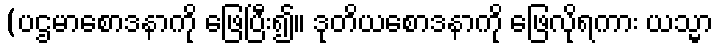
(ပဌမာစောဒနာကို ဖြေပြီး၍။ ဒုတိယစောဒနာကို ဖြေလိုရကား ယသ္မာ